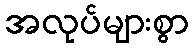
အလုပ်များစွာ